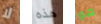
لا هذه هو